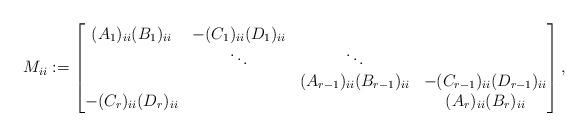
LaTeX: \begin{align*} M_{ii}:= \begin{bmatrix}(A_1)_{ii}(B_1)_{ii} & -(C_1)_{ii}(D_1)_{ii}\\ & \ddots & \ddots \\ & & (A_{r-1})_{ii}(B_{r-1})_{ii} & -(C_{r-1})_{ii}(D_{r-1})_{ii}\\ -(C_r)_{ii}(D_r)_{ii} & & & (A_r)_{ii}(B_r)_{ii} \\ \end{bmatrix},\end{align*}